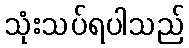
သုံးသပ်ရပါသည်